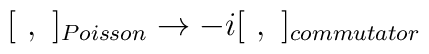
[\ ,\ ]_{Poisson} \to -i[\ ,\ ]_{commutator}